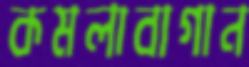
কমলাবাগান